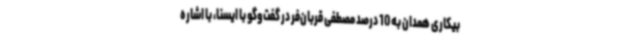
بیکاری همدان به 10 درصد مصطفی قربان‌فر در گفت‌وگو با ایسنا، با اشاره